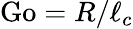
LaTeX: {\mathrm{Go}}=R/\ell_{c}